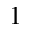
1